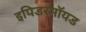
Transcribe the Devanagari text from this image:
इपिडरमॉयड